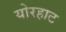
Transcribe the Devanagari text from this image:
योरहाट